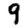
Digit: 9